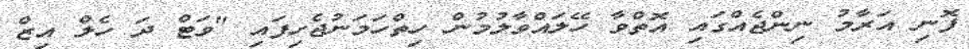
ފޮނި އަރާމު ނިންޖެއްގައި އޮތްވާ ހޭލައްވާލުމުން ހިތްހަމަނުޖެހިފައި "ވަޓް ދަ ހެލް އިޒް